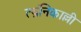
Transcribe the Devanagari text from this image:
त्य्रंनिकाल्ली